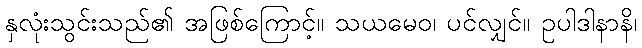
နှလုံးသွင်းသည်၏ အဖြစ်ကြောင့်။ သယမေဝ၊ ပင်လျှင်။ ဥပါဒါနာနိ၊